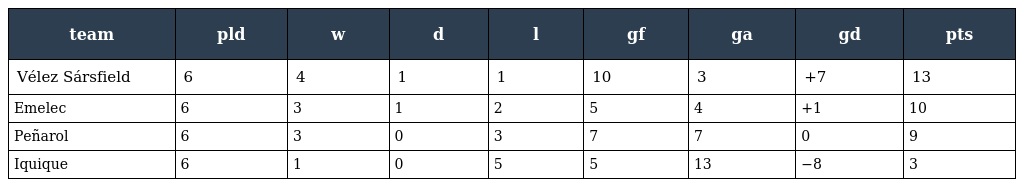
| team | pld | w | d | l | gf | ga | gd | pts |
 | --- | --- | --- | --- | --- | --- | --- | --- | --- |
 | Vélez Sársfield | 6 | 4 | 1 | 1 | 10 | 3 | +7 | 13 |
 | Emelec | 6 | 3 | 1 | 2 | 5 | 4 | +1 | 10 |
 | Peñarol | 6 | 3 | 0 | 3 | 7 | 7 | 0 | 9 |
 | Iquique | 6 | 1 | 0 | 5 | 5 | 13 | −8 | 3 |